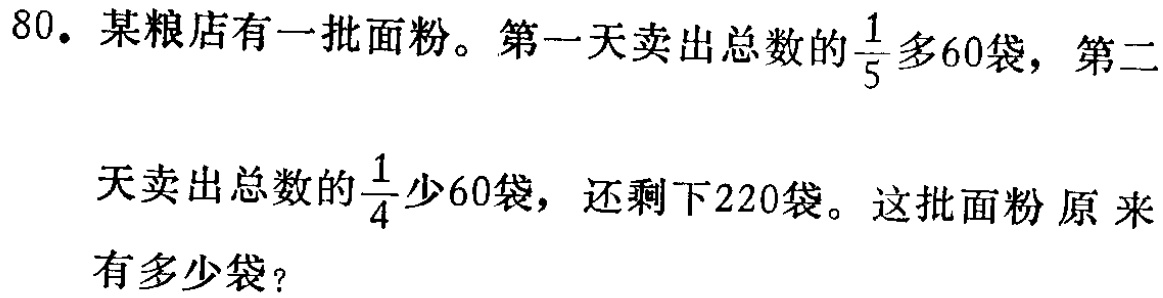
80. 某粮店有一批面粉。第一天卖出总数的$\frac{1}{5}$多60袋，第二天卖出总数的$\frac{1}{4}$少60袋，还剩下220袋。这批面粉原来有多少袋？